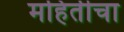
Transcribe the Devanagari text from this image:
महितीचा